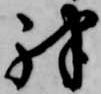
殊